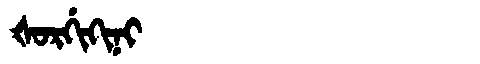
Manchu: ᡧᠣᡵᡤᡳᡴᡳᠨᡳ
Romanization: ŠORGIKINI